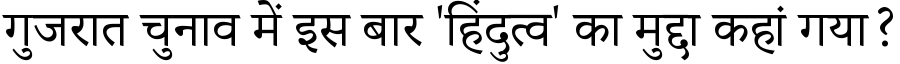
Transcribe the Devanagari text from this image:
गुजरात चुनाव में इस बार 'हिंदुत्व' का मुद्दा कहां गया?